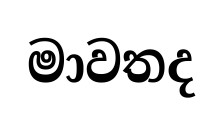
මාවතද